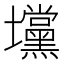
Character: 𰋆